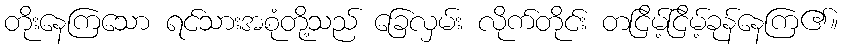
တိုးနေကြသော ရင်သားအစုံတို့သည် ခြေလှမ်း လိုက်တိုင်း တငြိမ့်ငြိမ့်ခုန်နေကြ၏။